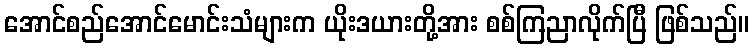
အောင်စည်အောင်မောင်းသံများက ယိုးဒယားတို့အား စစ်ကြညာလိုက်ပြီ ဖြစ်သည်။